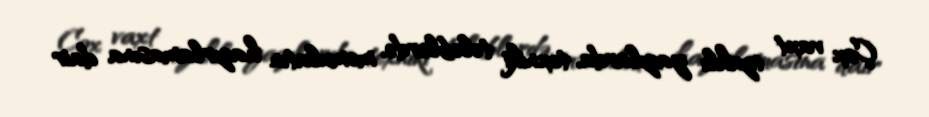
Çox vaxt izahlı yazılarda, texniki tələblərdə, məmulatın hazırlamasına dair